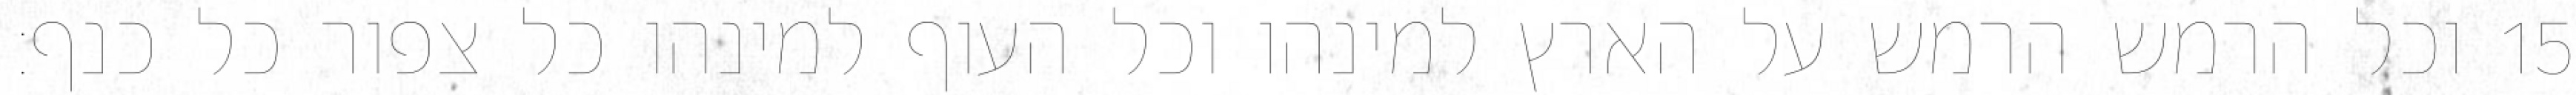
וכל הרמש הרמש על הארץ למינהו וכל העוף למינהו כל צפור כל כנף׃ ‎15‏